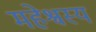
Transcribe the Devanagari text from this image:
महेश्वस्य